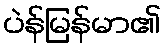
ပဲန်မြန်မာ၏